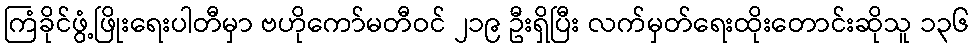
ကြံခိုင်ဖွံ့ဖြိုးရေးပါတီမှာ ဗဟိုကော်မတီဝင် ၂၁၉ ဦးရှိပြီး လက်မှတ်ရေးထိုးတောင်းဆိုသူ ၁၃၆